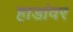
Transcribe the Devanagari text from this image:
हाडांवर